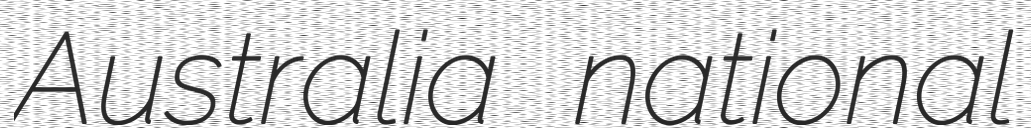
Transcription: Australia national